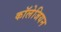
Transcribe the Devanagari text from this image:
कॉलेजियन